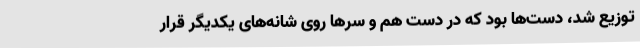
توزیع شد، دست‌ها بود که در دست هم و سرها روی شانه‌های یکدیگر قرار